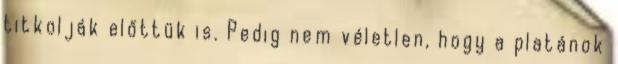
titkolják előttük is. Pedig nem véletlen, hogy a platánok